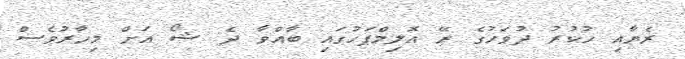
ރެޔާއި ހުކުރު ދުވަހުގެ ރޭ އޮލިމްޕަހުގައި ބާއްވާ ދެ ޝޯ އަށް މިހާރުވެސް